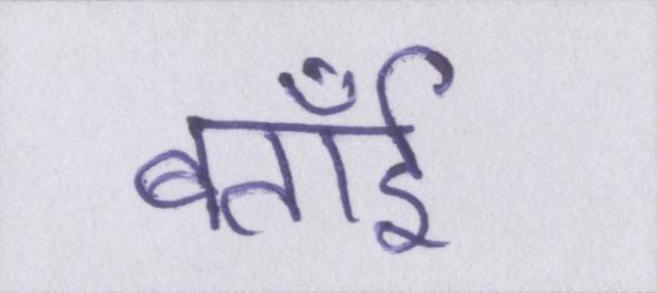
बताईँ